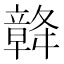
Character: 𥪴